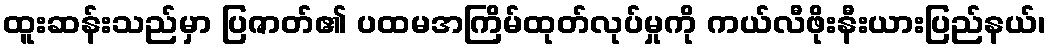
ထူးဆန်းသည်မှာ ပြဇာတ်၏ ပထမအကြိမ်ထုတ်လုပ်မှုကို ကယ်လီဖိုးနီးယားပြည်နယ်၊